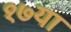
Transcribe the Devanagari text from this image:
१७या